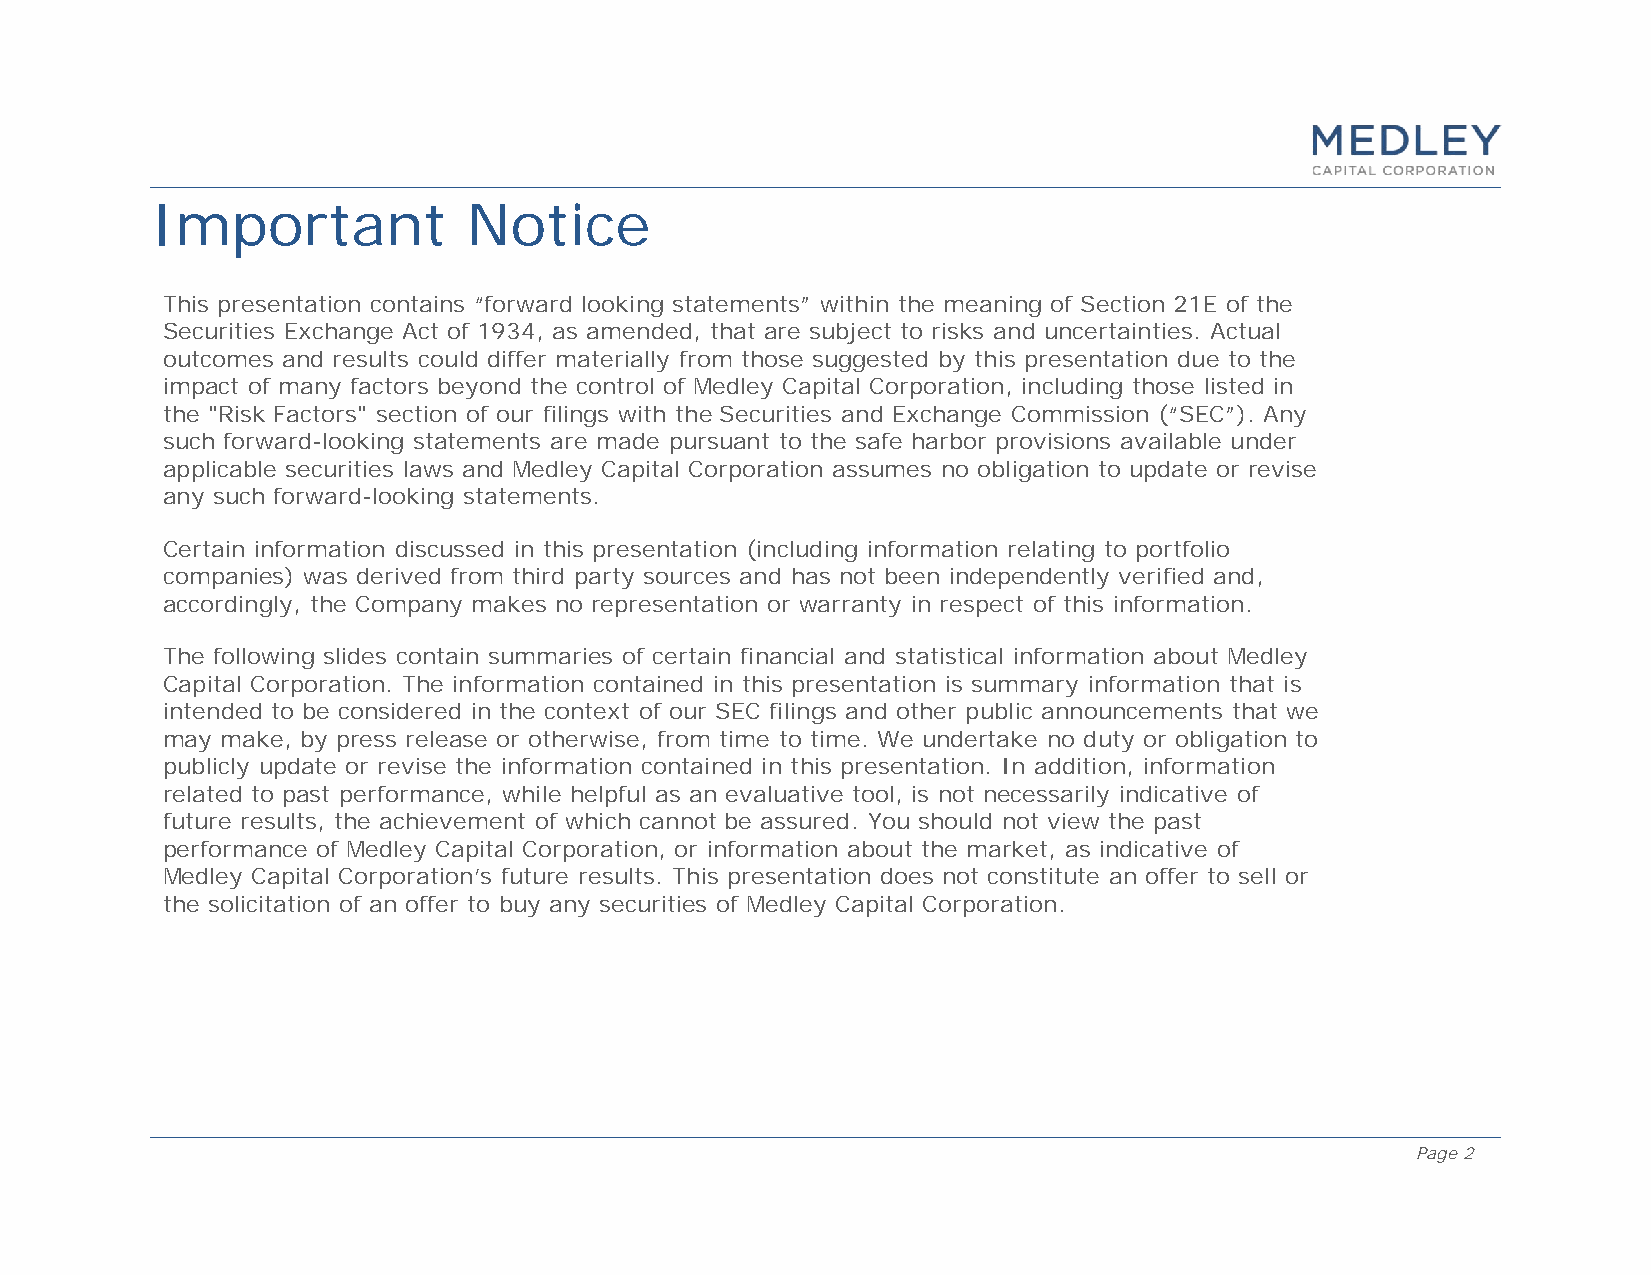
Important            Notice
 This presentation contains “forward looking statements” within the meaning of Section 21E of the
 Securities Exchange Act of 1934, as amended, that are subject to risks and uncertainties. Actual
 outcomes and results could differ materially from those suggested by this presentation due to the
 impact of many factors beyond the control of Medley Capital Corporation, including those listed in
 the "Risk Factors" section of our filings with the Securities and Exchange Commission (“SEC”). Any
 such forward-looking statements are made pursuant to the safe harbor provisions available under
 applicable securities laws and Medley Capital Corporation assumes no obligation to update or revise
 any such forward-looking statements.
 Certain information discussed in this presentation (including information relating to portfolio
 companies) was derived from third party sources and has not been independently verified and,
 accordingly, the Company makes no representation or warranty in respect of this information.
 The following slides contain summaries of certain financial and statistical information about Medley
 Capital Corporation. The information contained in this presentation is summary information that is
 intended to be considered in the context of our SEC filings and other public announcements that we
 may make, by press release or otherwise, from time to time. We undertake no duty or obligation to
 publicly update or revise the information contained in this presentation. In addition, information
 related to past performance, while helpful as an evaluative tool, is not necessarily indicative of
 future results, the achievement of which cannot be assured. You should not view the past
 performance of Medley Capital Corporation, or information about the market, as indicative of
 Medley Capital Corporation’s future results. This presentation does not constitute an offer to sell or
 the solicitation of an offer to buy any securities of Medley Capital Corporation.
 Page 2